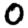
Digit: 0